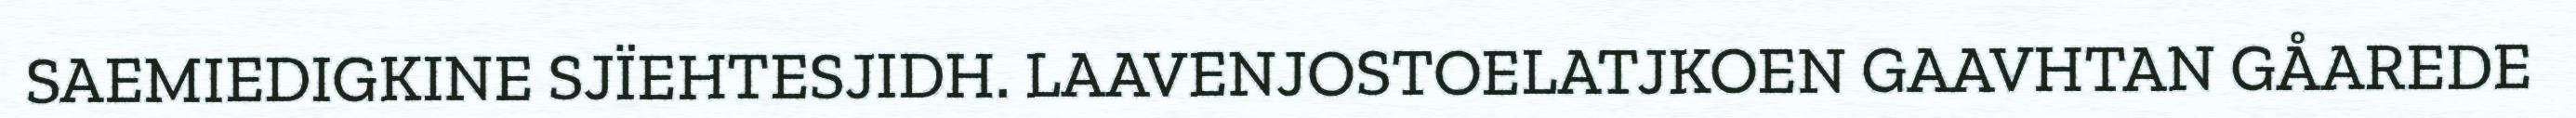
SAEMIEDIGKINE SJÏEHTESJIDH. LAAVENJOSTOELATJKOEN GAAVHTAN GÅAREDE